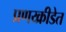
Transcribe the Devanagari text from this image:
प्रणय्क्रीडेत